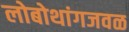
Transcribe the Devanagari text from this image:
लोबोथांगजवळ